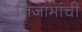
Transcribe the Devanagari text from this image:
निजामांची